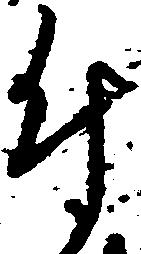
付